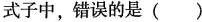
式子中，错误的是()